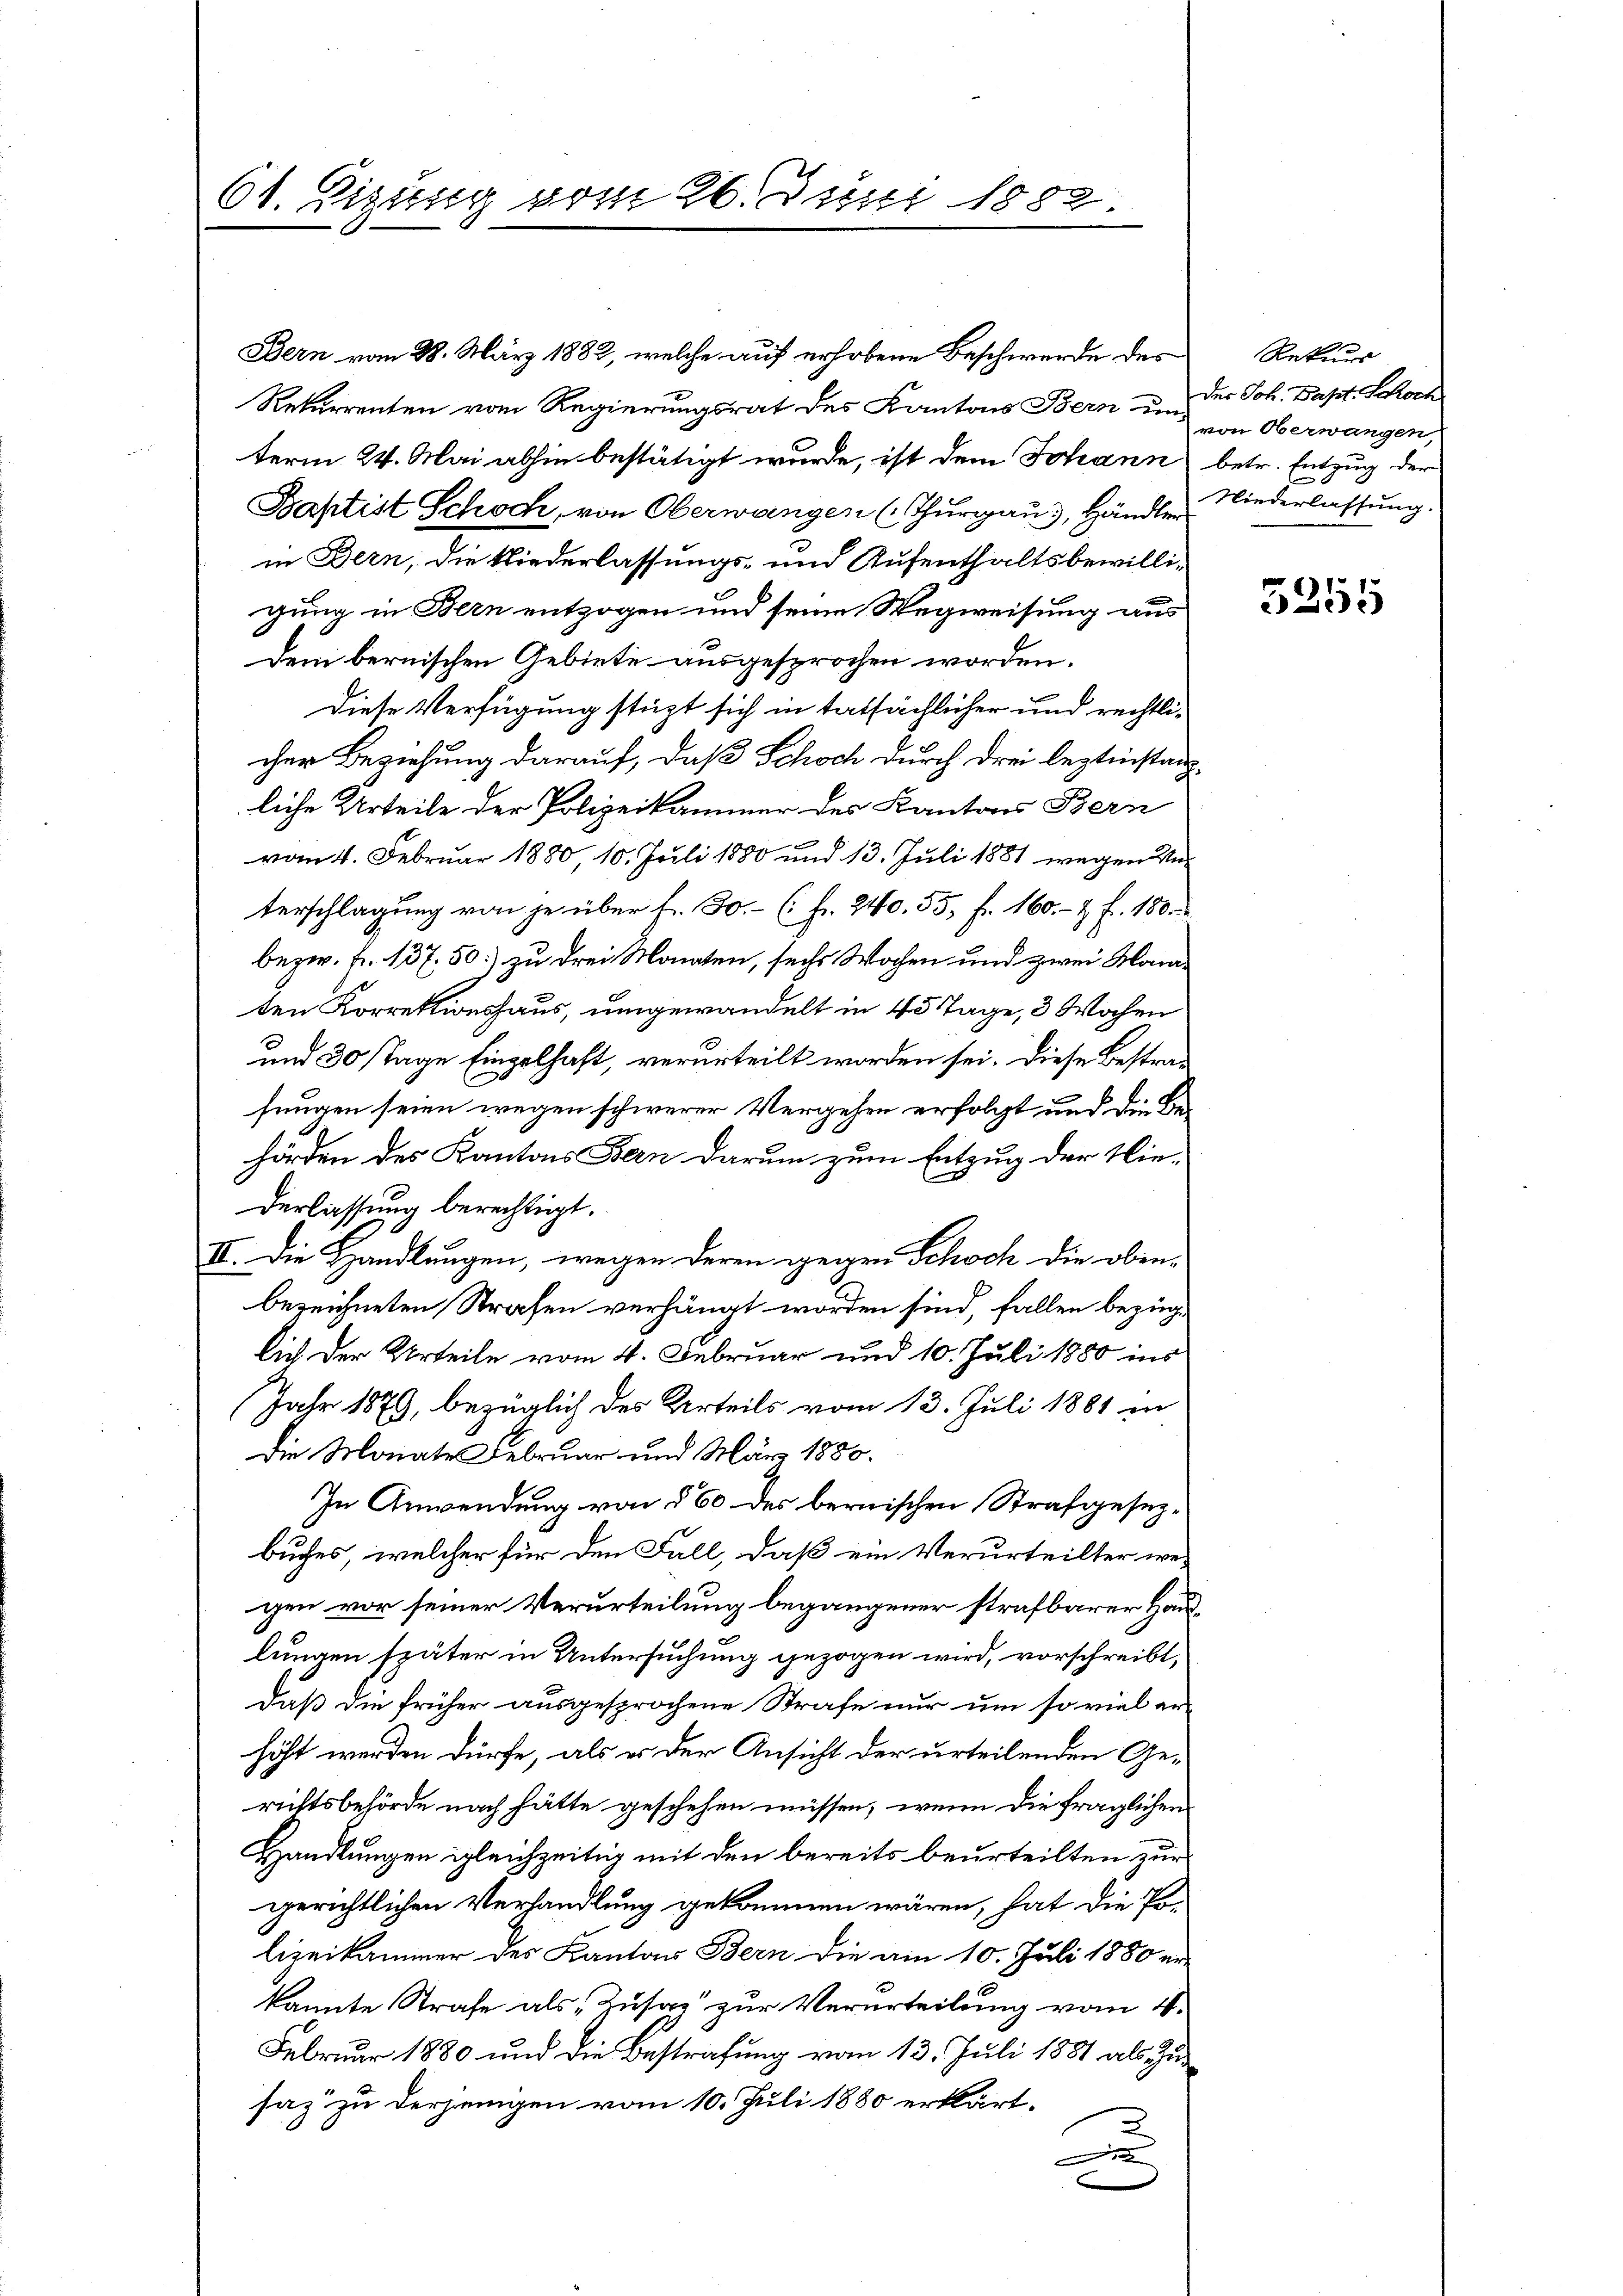
61. Digung vom 26. Juni 1889

Bern vom 28. März 1882, welche auf erhobene Beschwerde des
Rekurrenten vom Regierungsrat des Kantons Bern un
term 24. Mai abhin bestätigt wurde, ist dem Johann betr. Entzug der
Baptist Schoch, von Oberwangen (Thurgau), Händler Niederlassung.
in Bern, die Niederlassungs- und Aufenthaltsbewilligung in Bern entzogen und seine Wegweisung aus
Dem bernischen Gebiete ausgesprochen worden.
Diese Verfügung stüzt sich in tatsächlicher und rechtlicher Beziehung darauf, daß Schoch durch drei leztinstanzliche Urteile der Polizeikammer des Kantons Bern
vom 4. Februar 1880 10. Juli 1880 und 13. Juli 1881 wegen Unterschlagung von je über fr. 30.- ( fr. 240. 55, Fr. 160.- & f. 180.
bezw. f. 137. 50) zu drei Monaten, sechs Wochen und zwei Monaten Korrektionshaus, umgewandelt in 45 Tage, 3 Wochen
und 30 Tage Einzelhaft, verurteilt worden sei. Diese Bestrafungen seien wegen schwerer Vergehen erfolgt und die Behörden des Kantons Bern darum zum Entzug der Nie-
derlassung berechtigt.
II. Die Handlungen, wegen deren gegen Schoch die obenbezeichneten Strafen verhängt worden sind, fallen bezüglich der Urteile vom 4. Februar und 10. Juli 1880 ins
Jahr 1879, bezüglich des Urteils vom 13. Juli 1881 in
Die Monate Februar und März 1880.
In Anwendung von 560 des bernischen Strafgesezbuches, welcher für den Fall, daß ein Verurteilter wei
gen vor seiner Verurteilung begangener strafbarer Hauslungen später in Untersuchung gezogen wird, vorschreibt,
daß die früher ausgesprochene Strafe nur um so viel erhöht werden dürfe, als er der Ansicht der urteilenden Gerichtsbehörde nach hätte geschehen müssen, wenn die fraglichen
Handlungen gleichzeitig mit den bereits beurteilten zur
gerichtlichen Verhandlung gekommen wären, hat die Po-
lizeikammer des Kantons Bern die am 10. Juli 1850 er-
kannte Strafe als Zusaz zur Verurteilung vom 4.
Februar 1880 und die Bestrafung vom 13. Juli 1881 als Zu-
saz zu derjenigen vom 10. Juli 1880 erklärt,
2
e
e

Rekurs
des Joh. Bapt. Schoch
von Oberwangen,

5255